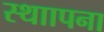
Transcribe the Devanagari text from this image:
स्थाापना